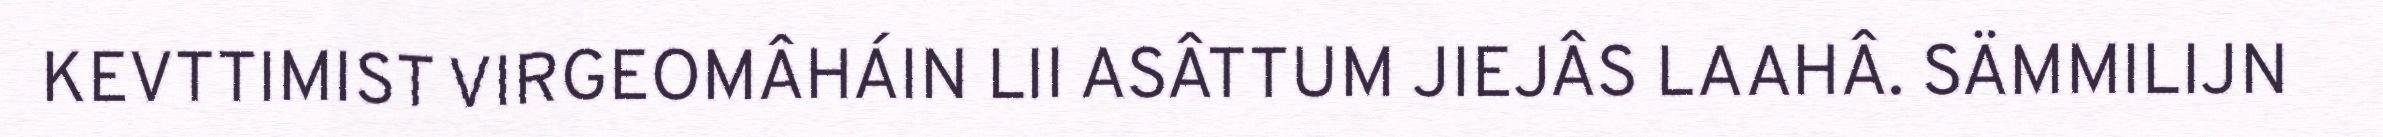
KEVTTIMIST VIRGEOMÂHÁIN LII ASÂTTUM JIEJÂS LAAHÂ. SÄMMILIJN